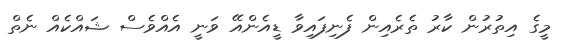
މީގެ އިތުރުން ކާރު ތެރެއިން ފެނިފައިވާ ޑީއެންއޭ ވަނީ އެއްވެސް ޝައްކެއް ނެތް